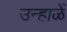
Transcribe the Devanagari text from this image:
उन्हाळें